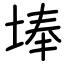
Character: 埲